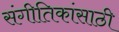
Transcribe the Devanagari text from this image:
संगीतिकांसाठी